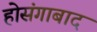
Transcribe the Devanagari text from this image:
होसंगाबाद